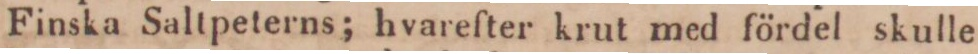
Finska Saltpeterns; hvarefter krut med fördel skulle